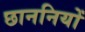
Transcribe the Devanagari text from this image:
छाननियों